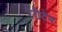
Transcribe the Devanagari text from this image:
रैरीटेन